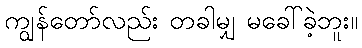
ကျွန်တော်လည်း တခါမျှ မခေါ်ခဲ့ဘူး။